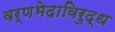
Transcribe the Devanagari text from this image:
वर्णभेदाविरुद्ध